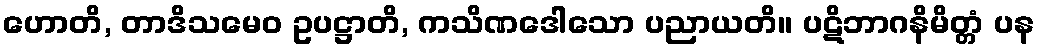
ဟောတိ, တာဒိသမေဝ ဥပဋ္ဌာတိ, ကသိဏဒေါသော ပညာယတိ။ ပဋိဘာဂနိမိတ္တံ ပန